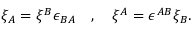
\xi _ { A } = \xi ^ { B } \epsilon _ { B A } \quad , \quad \xi ^ { A } = \epsilon ^ { A B } \xi _ { B } .